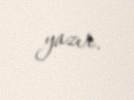
yazır.